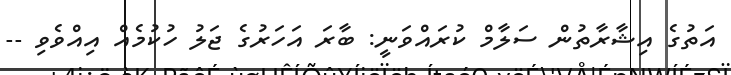
އަތުގެ އިޝާރާތުން ސަލާމް ކުރައްވަނީ: ބާރަ އަހަރުގެ ޖަލު ހުކުމެއް އިއްވެވި --